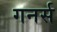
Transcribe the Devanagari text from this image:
गनर्स